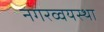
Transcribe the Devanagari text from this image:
नगरव्वयस्था